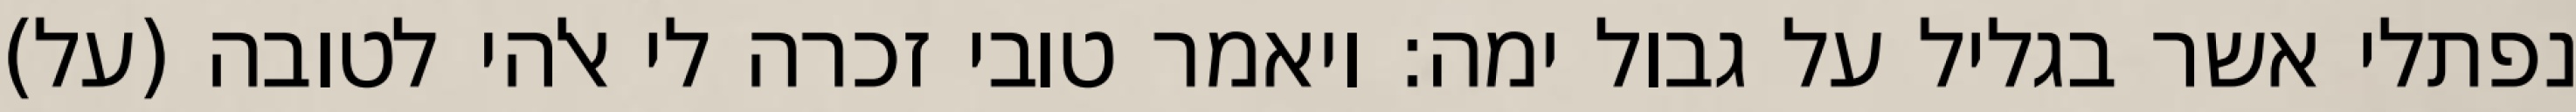
נפתלי אשר בגליל על גבול ימה: ויאמר טובי זכרה לי אלהי לטובה (על)